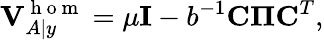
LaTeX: \mathbf{V}_{A|y}^{\mathrm{~h~o~m~}}=\mu\mathbf{I}-b^{-1}\mathbf{C}\boldsymbol{\Pi}\mathbf{C}^{T},